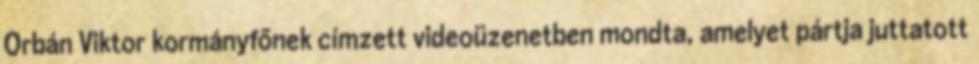
Orbán Viktor kormányfőnek címzett videoüzenetben mondta, amelyet pártja juttatott